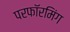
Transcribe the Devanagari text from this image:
परफॉरमिंग